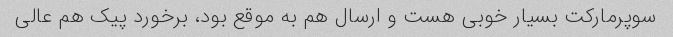
سوپرمارکت بسیار خوبی هست و ارسال هم به موقع بود، برخورد پیک هم عالی